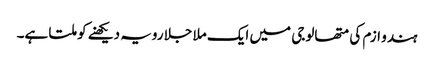
ہندو ازم کی متھالوجی میں‌ ایک ملا جلا رویہ دیکھنے کو ملتا ہے۔